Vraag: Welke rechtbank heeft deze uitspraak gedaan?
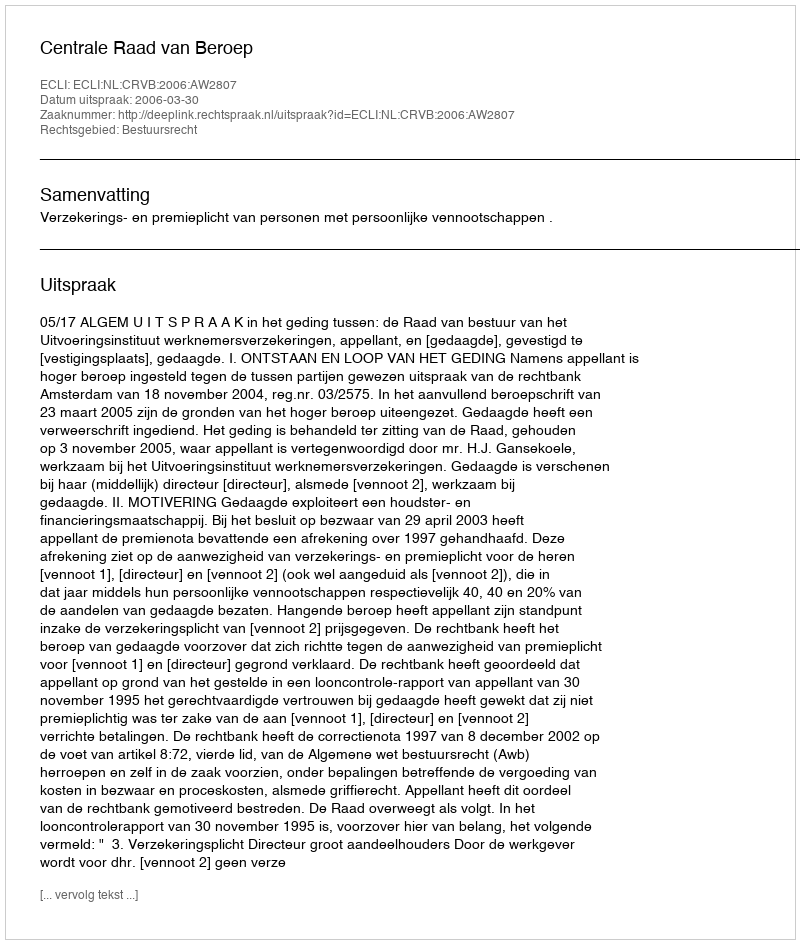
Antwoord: Centrale Raad van Beroep